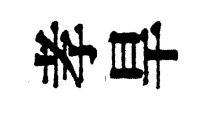
孝旱